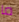
ما